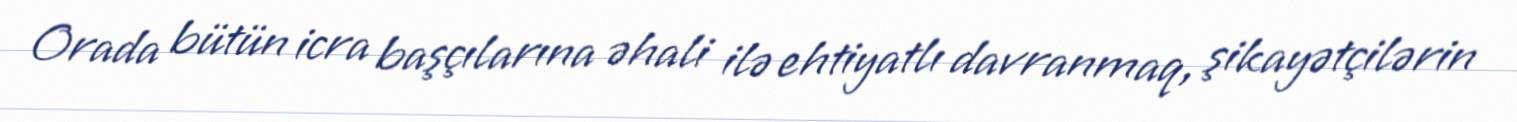
Orada bütün icra başçılarına əhali ilə ehtiyatlı davranmaq, şikayətçilərin